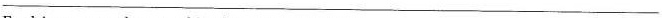
___